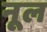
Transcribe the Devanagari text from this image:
नूल